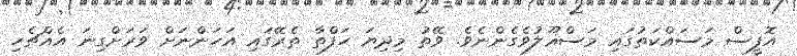
އޮފީސް މަސައްކަތުގައި މަސްޣޫލުވެގެންނެވެ. ވޭތު މިދިޔަ ހަފްތާ ތެރޭގައި އަހަންނަށް ވަރަށްގިނަ އެއްޗެހި